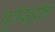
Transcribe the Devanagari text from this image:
पूर्वसूरींचे